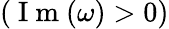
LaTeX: (\mathrm{~I~m~}(\omega)>0)